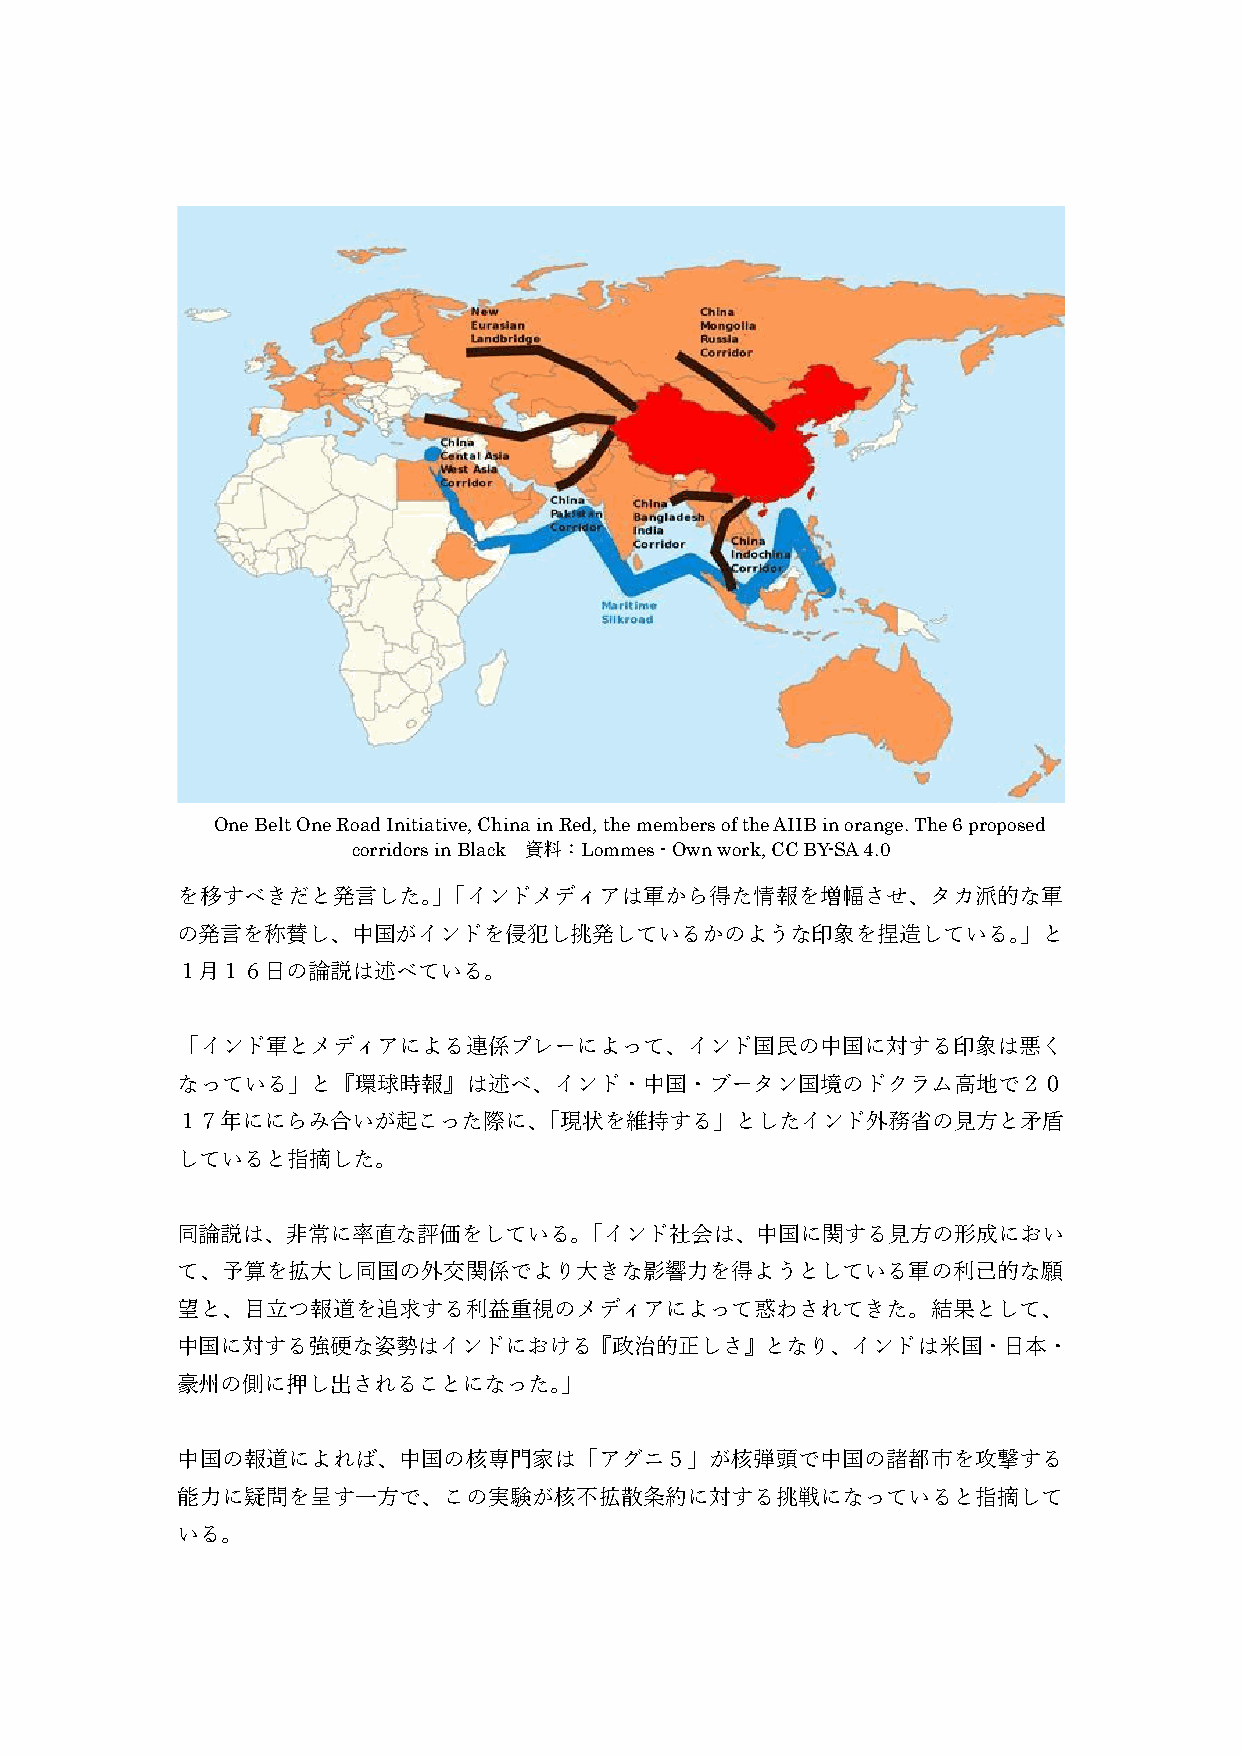
One Belt One Road Initiative, China in Red, the members of the AIIB in orange. The 6 proposed
 corridors in Black 資料：Lommes - Own work, CC BY-SA 4.0
 を移すべきだと発言した。」「インドメディアは軍から得た情報を増幅させ、タカ派的な軍
 の発言を称賛し、中国がインドを侵犯し挑発しているかのような印象を捏造している。」と
 １月１６日の論説は述べている。
 「インド軍とメディアによる連係プレーによって、インド国民の中国に対する印象は悪く
 なっている」と『環球時報』は述べ、インド・中国・ブータン国境のドクラム高地で２０
 １７年ににらみ合いが起こった際に、「現状を維持する」としたインド外務省の見方と矛盾
 していると指摘した。
 同論説は、非常に率直な評価をしている。「インド社会は、中国に関する見方の形成におい
 て、予算を拡大し同国の外交関係でより大きな影響力を得ようとしている軍の利己的な願
 望と、目立つ報道を追求する利益重視のメディアによって惑わされてきた。結果として、
 中国に対する強硬な姿勢はインドにおける『政治的正しさ』となり、インドは米国・日本・
 豪州の側に押し出されることになった。」
 中国の報道によれば、中国の核専門家は「アグニ５」が核弾頭で中国の諸都市を攻撃する
 能力に疑問を呈す一方で、この実験が核不拡散条約に対する挑戦になっていると指摘して
 いる。